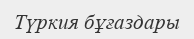
Түркия бұғаздары